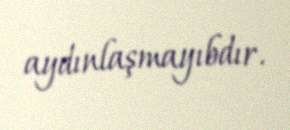
aydınlaşmayıbdır.